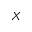
X